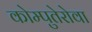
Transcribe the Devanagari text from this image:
कोम्पुतेरोवा